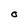
Character: O